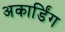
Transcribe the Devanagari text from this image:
अकार्डिंग